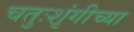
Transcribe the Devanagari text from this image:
चतुःशृंगीच्या